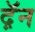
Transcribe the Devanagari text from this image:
द़ॅन